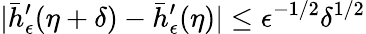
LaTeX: |\bar{h}_{\epsilon}^{\prime}(\eta+\delta)-\bar{h}_{\epsilon}^{\prime}(\eta)|\leq\epsilon^{-1/2}\delta^{1/2}